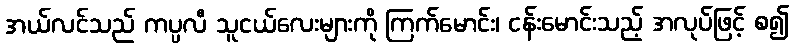
အယ်လင်သည် ကပ္ပလီ သူငယ်လေးများကို ကြက်မောင်း၊ ငန်းမောင်းသည့် အလုပ်ဖြင့် စ၍